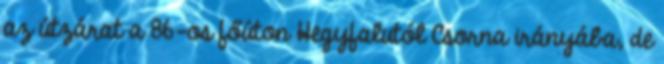
az útzárat a 86-os főúton Hegyfalutól Csorna irányába, de